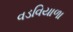
વડવિયાળા